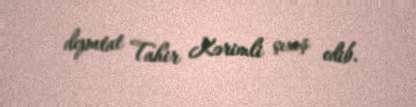
deputat Tahir Kərimli çıxış edib.